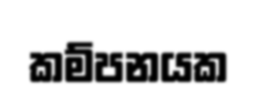
කම්පනයක